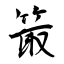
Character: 箃